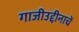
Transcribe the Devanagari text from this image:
गाजीउद्दीनाचें